Indian Medical Review
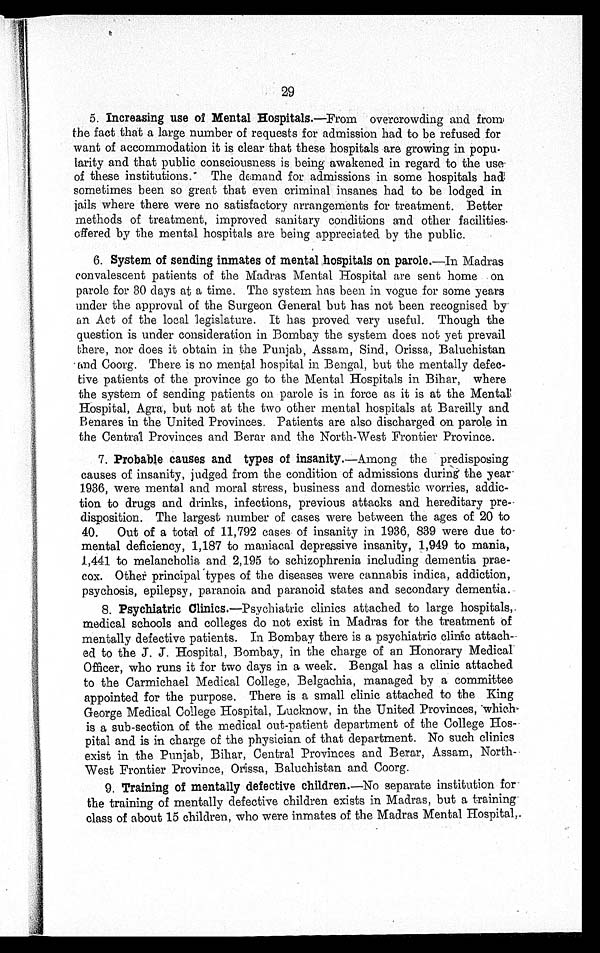
29
5. Increasing use of Mental Hospitals.—From overcrowding and from
the fact that a large number of requests for admission had to be refused for
want of accommodation it is clear that these hospitals are growing in popu-
larity and that public consciousness is being awakened in regard to the use
of these institutions. The demand for admissions in some hospitals had
sometimes been so great that even criminal insanes had to be lodged in
jails where there were no satisfactory arrangements for treatment. Better
methods of treatment, improved sanitary conditions and other facilities
offered by the mental hospitals are being appreciated by the public.
6. System of sending inmates of mental hospitals on parole.—In Madras
convalescent patients of the Madras Mental Hospital are sent home on
parole for 30 days at a time. The system has been in vogue for some years
under the approval of the Surgeon General but has not been recognised by
an Act of the local legislature. It has proved very useful. Though the
question is under consideration in Bombay the system does not yet prevail
there, nor does it obtain in the Punjab, Assam, Sind, Orissa, Baluchistan
and Coorg. There is no mental hospital in Bengal, but the mentally defec-
tive patients of the province go to the Mental Hospitals in Bihar, where
the system of sending patients on parole is in force as it is at the Mental
Hospital, Agra, but not at the two other mental hospitals at Bareilly and
Benares in the United Provinces. Patients are also discharged on parole in
the Central Provinces and Berar and the North-West Frontier Province.
7. Probable causes and types of insanity.—Among the predisposing
causes of insanity, judged from the condition of admissions during the year
1936, were mental and moral stress, business and domestic worries, addic-
tion to drugs and drinks, infections, previous attacks and hereditary pre
disposition. The largest number of cases were between the ages of 20 to
40. Out of a total of 11,792 cases of insanity in 1936, 839 were due to
mental deficiency, 1,187 to maniacal depressive insanity, 1,949 to mania,
1,441 to melancholia and 2,195 to schizophrenia including dementia prae-
cox. Other principal types of the diseases were cannabis indica, addiction,
psychosis, epilepsy, paranoia and paranoid states and secondary dementia.
8. Psychiatric Clinics.—Psychiatric clinics attached to large hospitals,
medical schools and colleges do not exist in Madras for the treatment of
mentally defective patients. In Bombay there is a psychiatric clinic attach
ed to the J. J. Hospital, Bombay, in the charge of an Honorary Medical
Officer, who runs it for two days in a week. Bengal has a clinic attached
to the Carmichael Medical College, Belgachia, managed by a committee
appointed for the purpose. There is a small clinic attached to the King
George Medical College Hospital, Lucknow, in the United Provinces, which
is a sub-section of the medical out-patient department of the College Hos-
pital and is in charge of the physician of that department. No such clinics
exist in the Punjab, Bihar, Central Provinces and Berar, Assam, North-
West Frontier Province, Orissa, Baluchistan and Coorg.
9. Training of mentally defective children.—No separate institution for
the training of mentally defective children exists in Madras, but a training
class of about 15 children, who were inmates of the Madras Mental Hospital,